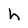
Character: h